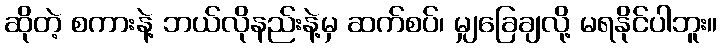
ဆိုတဲ့ စကားနဲ့ ဘယ်လိုနည်းနဲ့မှ ဆက်စပ်၊ မျှခြေချလို့ မရနိုင်ပါဘူး။